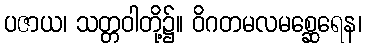
ပဇာယ၊ သတ္တဝါတို့၌။ ဝိဂတမလမစ္ဆေရေန၊